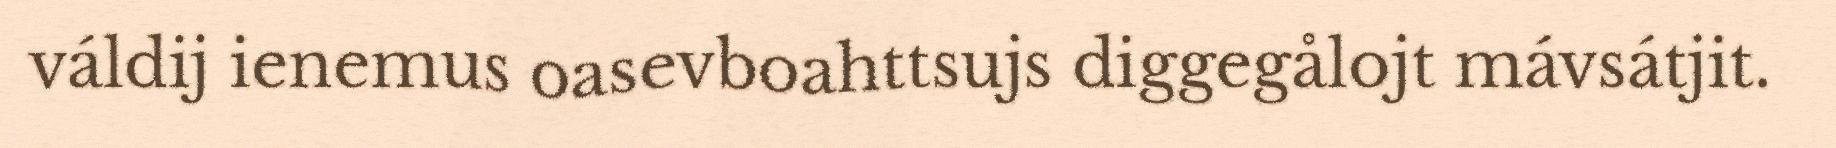
váldij ienemus oasevboahttsujs diggegålojt mávsátjit.